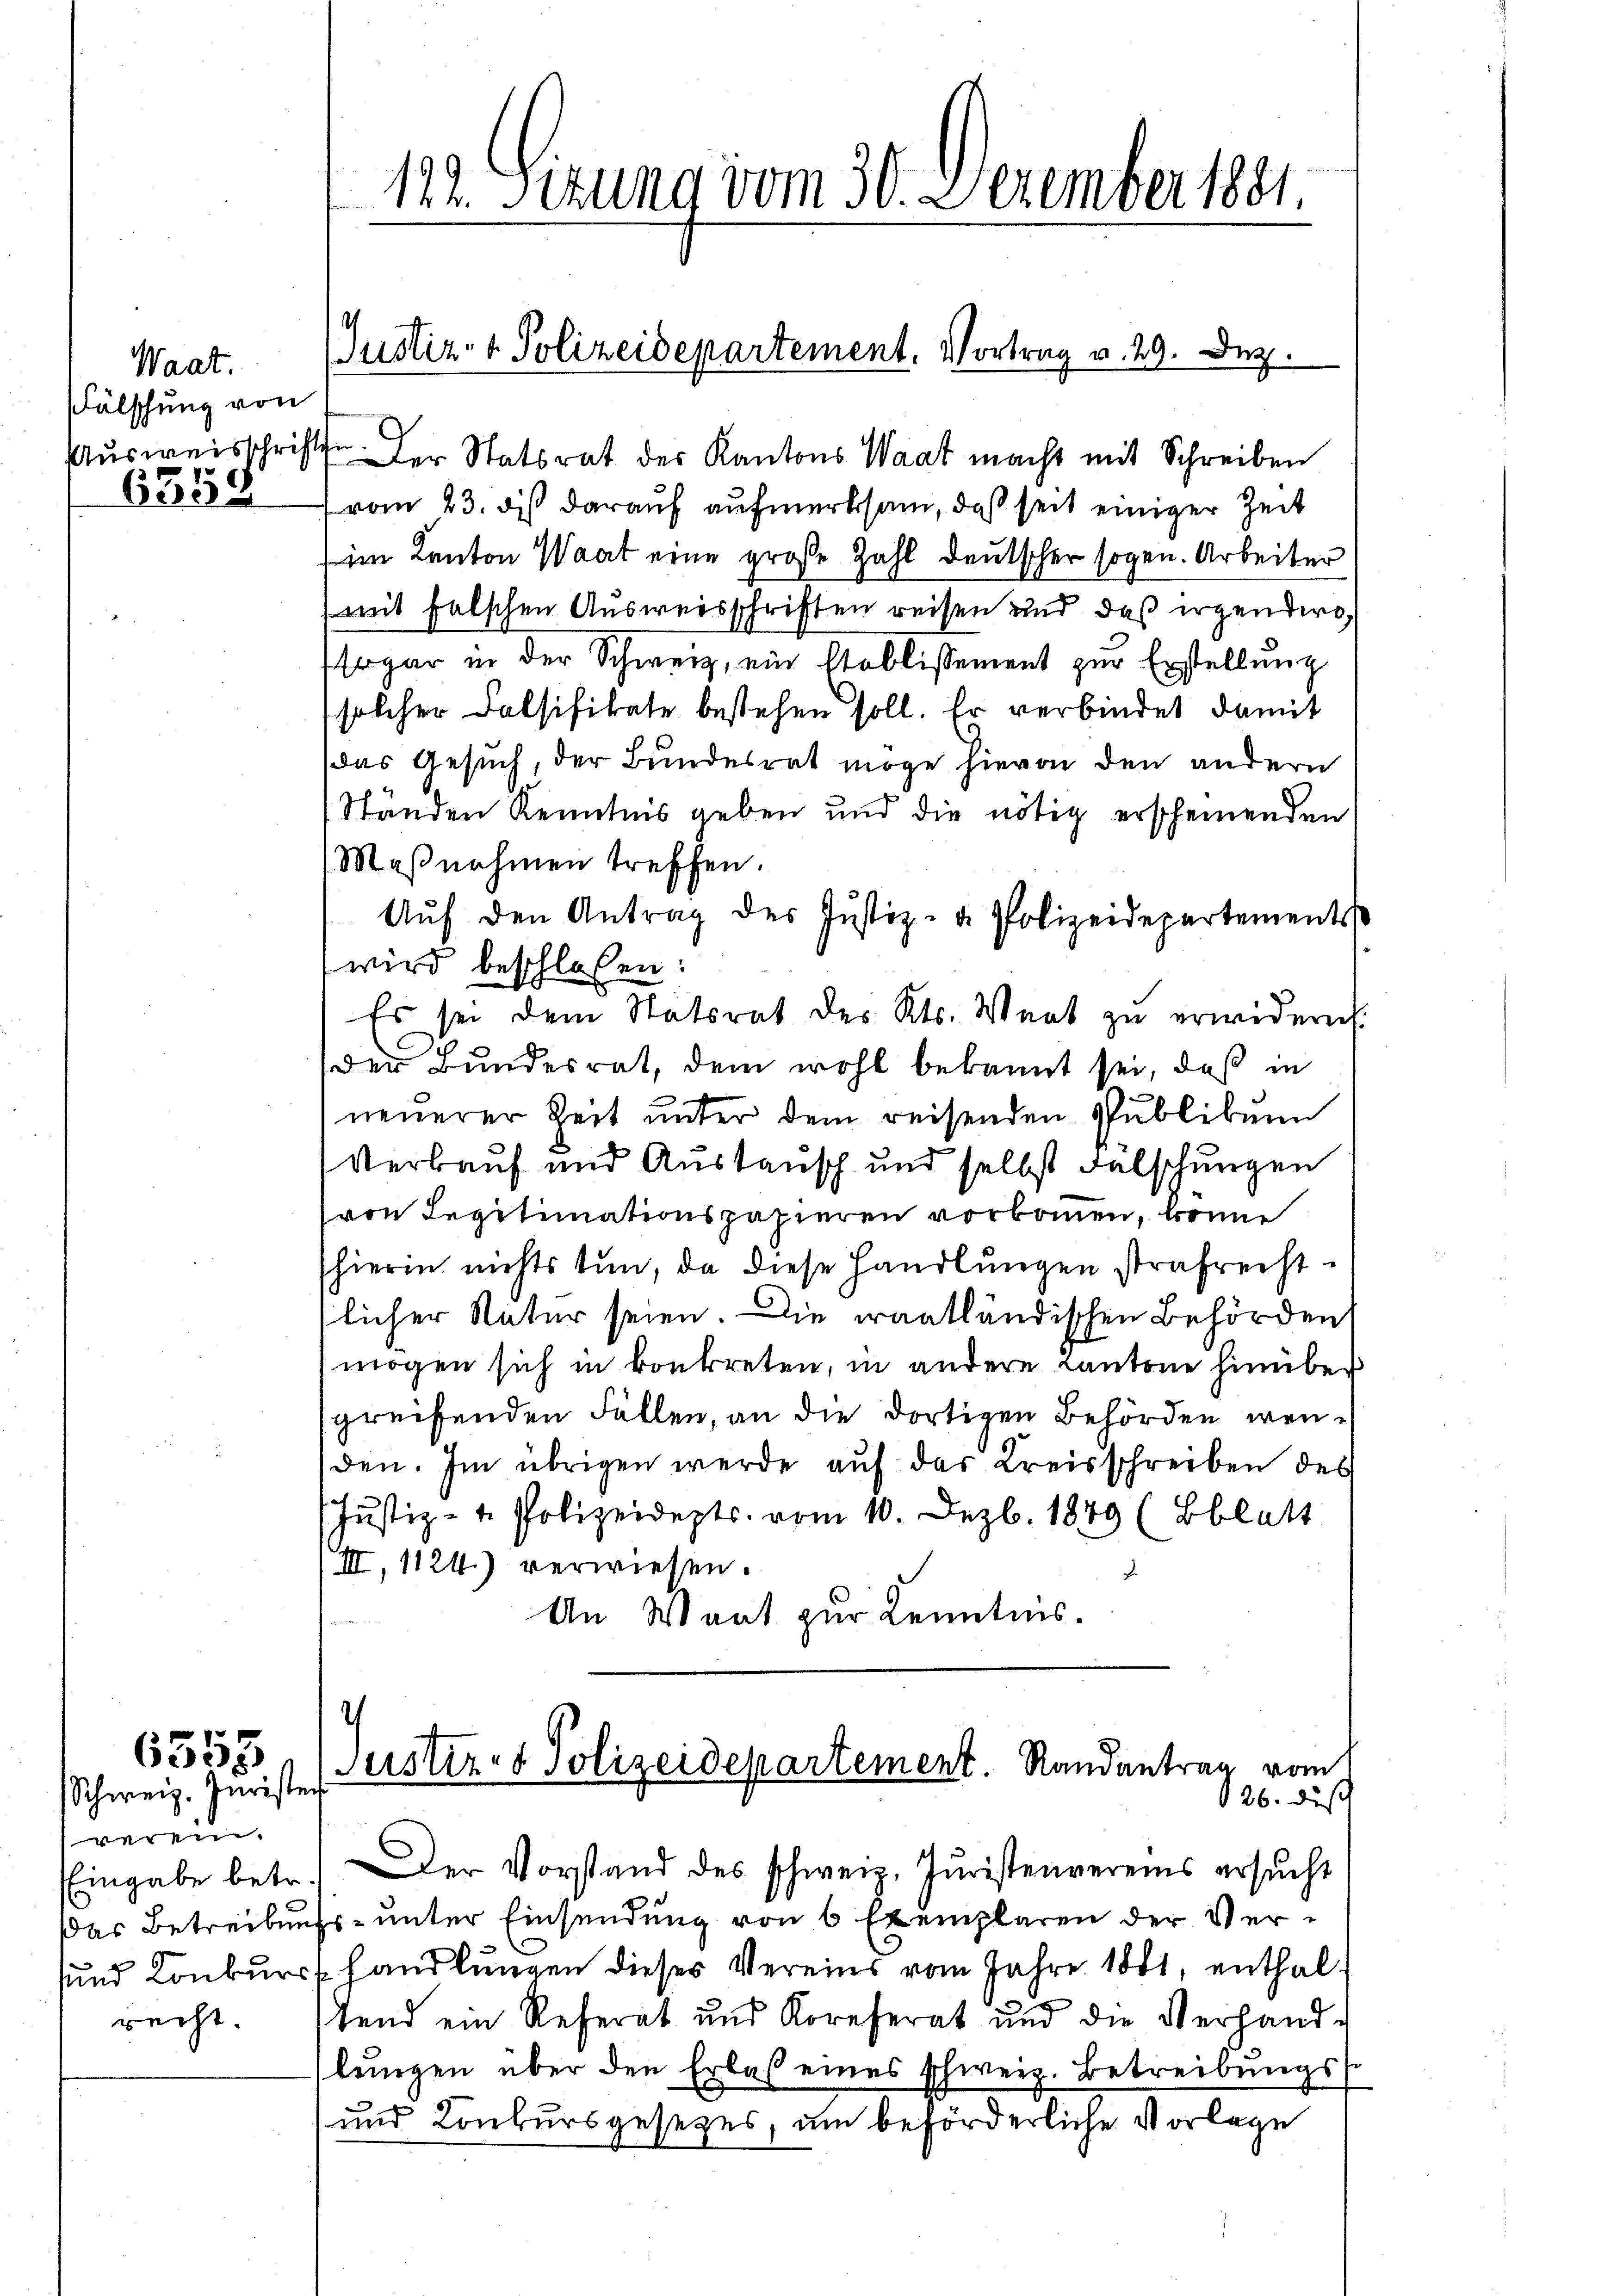
Waat.
Fälschung von
Ausweisschrifte
6359

verein.
recht.

6353
Schweiz. Jurister

Der Statsrat des Kantons Waat macht mit Schreiben
vom 23. dß darauf aufmerksam, daß seit einiger Zeit
im Kanton Waat eine große Zahl deutscher sogen. Arbeiter
mit falschen Ausweisschriften reisen und daß irgendere
sogar in der Schweiz, ein Etablissement zur Erstellung
solcher Calsifikate bestehen soll. Er verbindet damit
das Gesuch, der Bundesrat möge hievon den andern
Ständen Kenntnis geben und die nötig erscheinenden
Maβnahmen treffen.
Aŭf den Antrag des Justiz- u. Polizeidepartements
wird beschloßen:
Es sei dem Statsrat des Kts. Wert zu erwidern
der Bundesrat, dem wohl bekannt sei, daß in
neuerer Zeit unter dem reisenden Publikum
Verkauf und Austausch und selbst Falschungen
(von Legitimationspapieren vorkommen, könne
hierin nichts tun, da diese Handlungen strafrecht.
tlicher Natur seien. Die Frantländischen Behörden
mögen sich in konkreten, in andere Kantone hinüber
greifenden Fällen, an die dortigen Behörden wenden. Im übrigen werde auf das Kreisschreiben des
Justiz- u. Polizeidepts vom 10. Dezbr. 1849 (Bblatt
III, 1124.) verwiesen.
.
An Waat zur Kenntnis.
.
Justiz- & Polizeidepartement. Randantrag vom
26. daß
Eingabe betr.) Der Vorstand des schweiz. Juristenvereins ersŭcht
Das Betreibungs- unter Einsendung von 6 Exemplaren der Versund Konkurs handlungen dieser Vereins vom Jahre 1881, enthaltend ein Referat und Koreferat und die Verhandlungen über den Erlaß eines schweiz. Betreibungss
und Konkursgesetzes, am beförderliche Vorlage

122. Sizung vom 30. Dezember 1891.

Justiz- & Polizeidepartement. Vortrag v. 29. Dez.